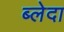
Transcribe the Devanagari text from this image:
ब्लेदा